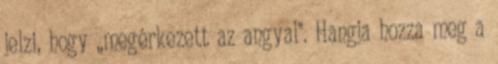
jelzi, hogy ,,megérkezett az angyal". Hangja hozza meg a